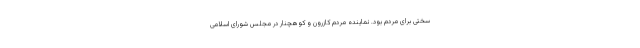
سختی برای مردم بود. نماینده مردم کازرون و کوهچنار در مجلس شورای اسلامی